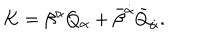
K = \beta ^ { \alpha } Q _ { \alpha } + \bar { \beta } ^ { \dot { \alpha } } \bar { Q } _ { \dot { \alpha } } .